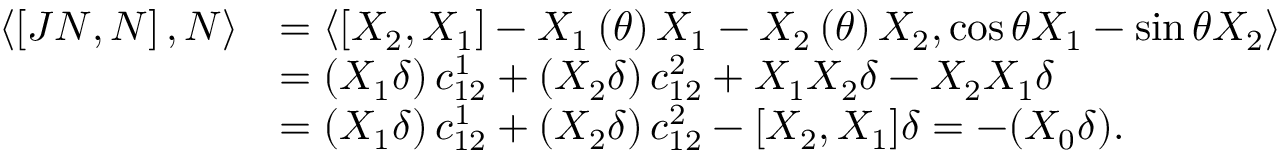
\begin{array} { r l } { \left\langle \left[ J N , N \right] , N \right\rangle } & { = \left\langle \left[ X _ { 2 } , X _ { 1 } \right] - X _ { 1 } \left( \theta \right) X _ { 1 } - X _ { 2 } \left( \theta \right) X _ { 2 } , \cos \theta X _ { 1 } - \sin \theta X _ { 2 } \right\rangle } \\ & { = \left( X _ { 1 } \delta \right) c _ { 1 2 } ^ { 1 } + \left( X _ { 2 } \delta \right) c _ { 1 2 } ^ { 2 } + X _ { 1 } X _ { 2 } \delta - X _ { 2 } X _ { 1 } \delta } \\ & { = \left( X _ { 1 } \delta \right) c _ { 1 2 } ^ { 1 } + \left( X _ { 2 } \delta \right) c _ { 1 2 } ^ { 2 } - [ X _ { 2 } , X _ { 1 } ] \delta = - ( X _ { 0 } \delta ) . } \end{array}